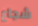
شجاع